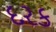
દરક